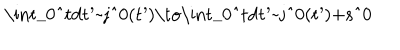
\mathrm { ~ \int _ { 0 } ^ { t } d t ^ { \prime } ~ j ^ { 0 } ( t ^ { \prime } ) \to \int _ { 0 } ^ { t } d t ^ { \prime } ~ j ^ { 0 } ( t ^ { \prime } ) + s ^ { 0 } ~ }